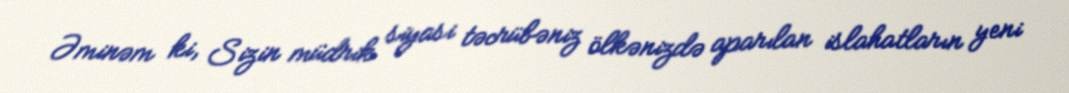
Əminəm ki, Sizin müdrik siyasi təcrübəniz ölkənizdə aparılan islahatların yeni